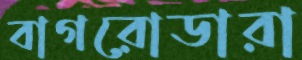
বাগরোডারা